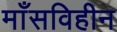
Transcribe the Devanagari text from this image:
माँसविहीन